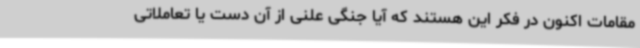
مقامات اکنون در فکر این هستند که آیا جنگی علنی از آن دست یا تعاملاتی